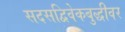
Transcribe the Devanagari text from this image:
सदसद्विवेकबुद्धीवर